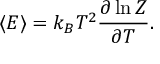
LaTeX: \langle E \rangle = k _ { B } T ^ { 2 } { \frac { \partial \ln Z } { \partial T } } .